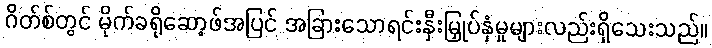
ဂိတ်စ်တွင် မိုက်ခရိုဆော့ဖ်အပြင် အခြားသောရင်းနှီးမြှုပ်နှံမှုများလည်းရှိသေးသည်။